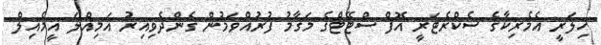
ހިލަރީ އެމެރިކާގެ ސެކްރެޓަރީ އޮފް ސްޓޭޓްގެ މަގާމު ފުރުއްވަމުން ގެންދެވިއިރު އަމިއްލަ އީމެއިލް